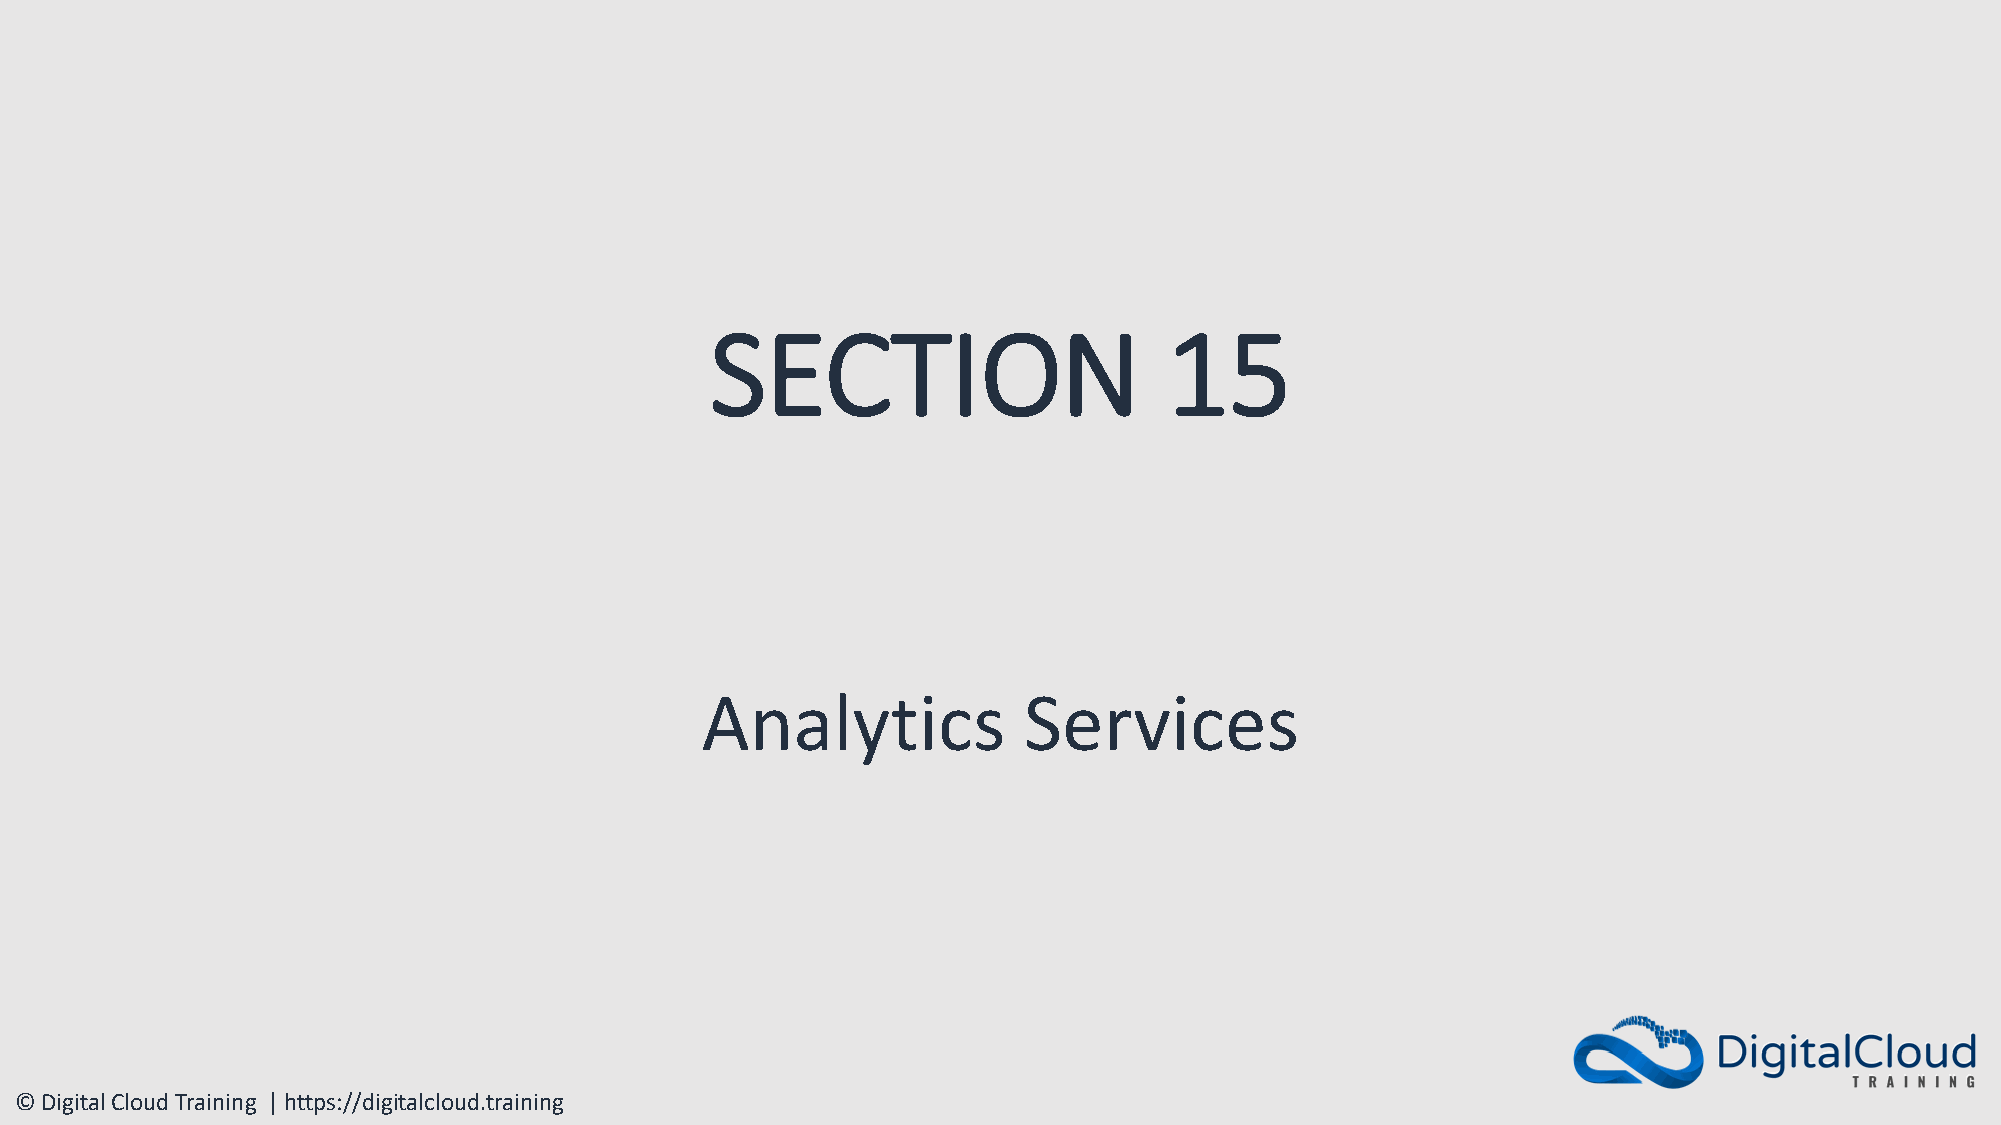
SECTION                       15
 Analytics             Services
 © Digital Cloud Training | https://digitalcloud.training